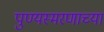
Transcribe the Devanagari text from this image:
पुण्यस्मरणाच्या